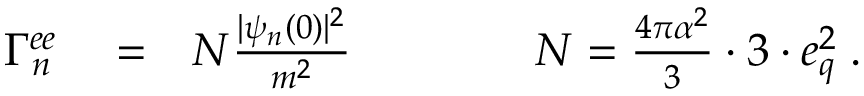
\begin{array} { r l r } { \Gamma _ { n } ^ { e e } } & { { } = } & { N \frac { | \psi _ { n } ( 0 ) | ^ { 2 } } { m ^ { 2 } } \qquad \qquad N = \frac { 4 \pi \alpha ^ { 2 } } { 3 } \cdot 3 \cdot e _ { q } ^ { 2 } \; . } \end{array}